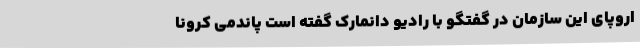
اروپای این سازمان در گفتگو با رادیو دانمارک گفته است پاندمی کرونا